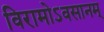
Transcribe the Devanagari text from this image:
विरामोऽवसानम्